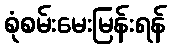
စုံစမ်းမေးမြန်းရန်